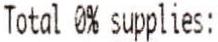
TOTAL 0% SUPPLIES: